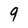
Character: 9